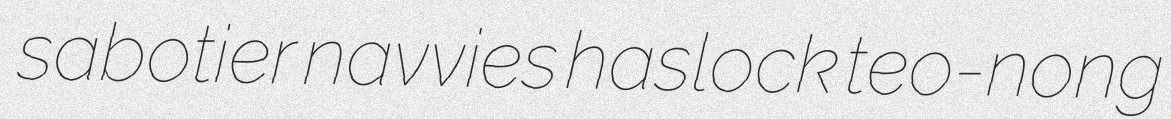
sabotier navvies haslock teo-nong